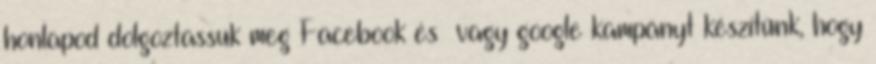
honlapod dolgoztassuk meg Facebook és vagy google kampányt készítünk, hogy